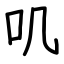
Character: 叽